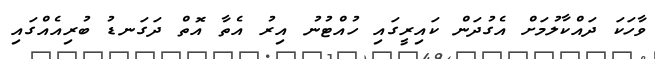
ވާހަކަ ދައްކާލުމަށް އެގުދަން ކައިރީގައި ހުއްޓުނު އިރު އެތާ އޮތް ދަގަނޑު ބުރިއެއްގައި